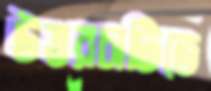
উত্তরচাটিতে